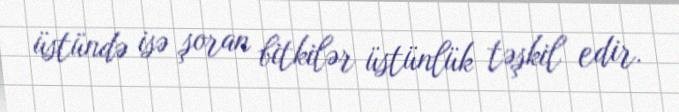
üstündə isə şoran bitkilər üstünlük təşkil edir.